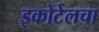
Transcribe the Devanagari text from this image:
इकोटेलचा